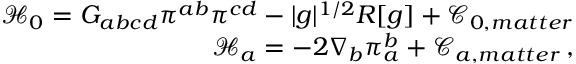
\begin{array} { r } { \mathcal { H } _ { 0 } = G _ { a b c d } \pi ^ { a b } \pi ^ { c d } - \vert g \vert ^ { 1 / 2 } R [ g ] + \mathcal { C } _ { 0 , m a t t e r } } \\ { \mathcal { H } _ { a } = - 2 \nabla _ { b } \pi _ { a } ^ { b } + \mathcal { C } _ { a , m a t t e r } \, , } \end{array}